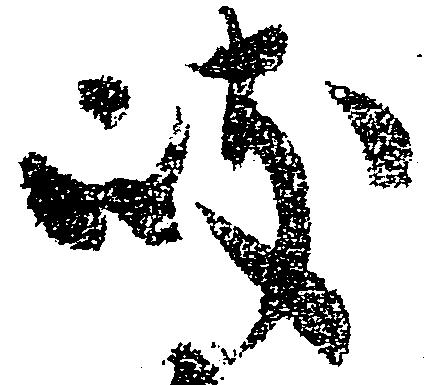
岐